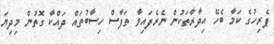
ޕެރިހުގެ ކަމާ ބެހޭ އިދާރާތަކުން ނެރެފައިވާ ތަފާސް ހިސާބުތައް ދައްކާ ގޮތުން މިދިޔަ